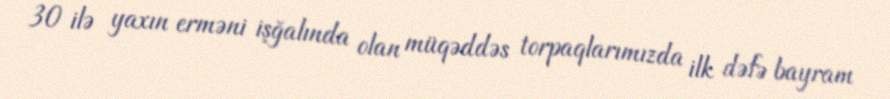
30 ilə yaxın erməni işğalında olan müqəddəs torpaqlarımızda ilk dəfə bayram